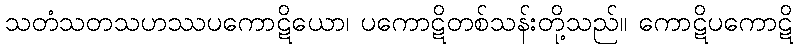
သတံသတသဟဿပကောဋိယော၊ ပကောဋိတစ်သန်းတို့သည်။ ကောဋိပကောဋိ